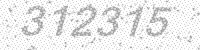
Solution: 312315